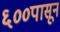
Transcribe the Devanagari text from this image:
६००पासून